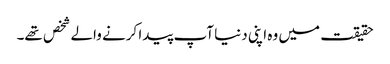
حقیقت میں وہ اپنی دنیا آپ پیدا کرنے والے شخص تھے۔